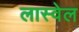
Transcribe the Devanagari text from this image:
लास्वेल